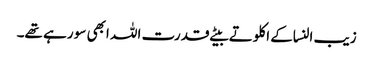
زیب النساکے اکلوتے بیٹے قدرت اللہ ابھی سو رہے تھے۔